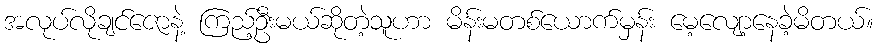
အလုပ်လိုချင်ဇောနဲ့ ကြည့်ဦးမယ်ဆိုတဲ့သူဟာ မိန်းမတစ်ယောက်မှန်း မေ့လျော့နေခဲ့မိတယ်။